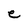
Character: e